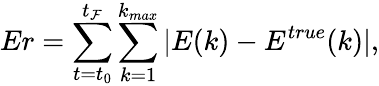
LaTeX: Er=\sum_{t=t_{0}}^{t_{\mathcal{F}}}\sum_{k=1}^{k_{max}}|E(k)-E^{true}(k)|,